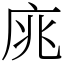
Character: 庣